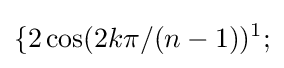
\{2\cos(2k\pi /(n-1))^{1};